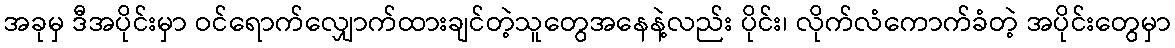
အခုမှ ဒီအပိုင်းမှာ ဝင်ရောက်လျှောက်ထားချင်တဲ့သူတွေအနေနဲ့လည်း ပိုင်း၊ လိုက်လံကောက်ခံတဲ့ အပိုင်းတွေမှာ